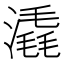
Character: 𣾽